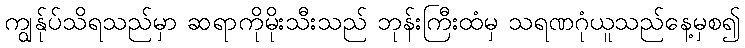
ကျွန်ုပ်သိရသည်မှာ ဆရာကိုမိုးသီးသည် ဘုန်းကြီးထံမှ သရဏဂုံယူသည်နေ့မှစ၍